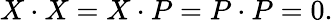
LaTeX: X\cdot X=X\cdot P=P\cdot P=0.